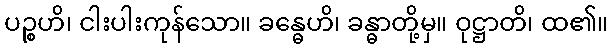
ပဉ္စဟိ၊ ငါးပါးကုန်သော။ ခန္ဓေဟိ၊ ခန္ဓာတို့မှ။ ဝုဋ္ဌာတိ၊ ထ၏။